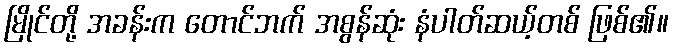
မြိုင်တို့ အခန်းက တောင်ဘက် အစွန်ဆုံး နံပါတ်ဆယ့်တစ် ဖြစ်၏။